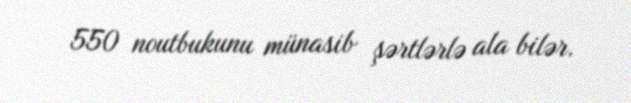
550 noutbukunu münasib şərtlərlə ala bilər.